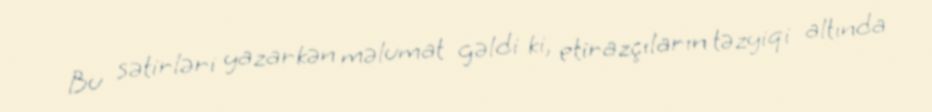
Bu sətirləri yazarkən məlumat gəldi ki, etirazçıların təzyiqi altında